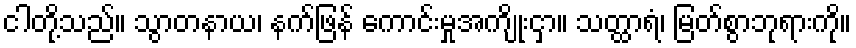
ငါတို့သည်။ သွာတနာယ၊ နက်ဖြန် ကောင်းမှုအကျိုးငှာ။ သတ္ထာရံ၊ မြတ်စွာဘုရားကို။